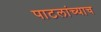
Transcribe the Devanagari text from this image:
पाटलांच्याच